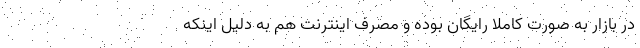
در بازار به صورت کاملا رایگان بوده و مصرف اینترنت هم به دلیل اینکه